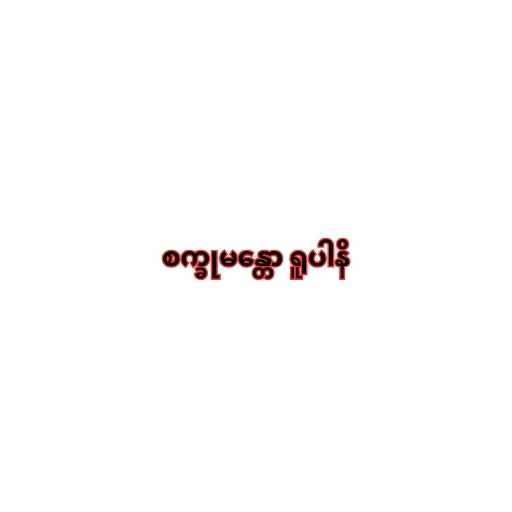
စက္ခုမန္တော ရူပါနိ